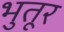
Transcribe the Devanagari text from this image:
भुतूर